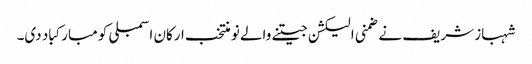
شہباز شریف نے ضمنی الیکشن جیتنے والے نو منتخب ارکان اسمبلی کو مبارکباد دی۔